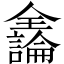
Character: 𫤍